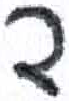
אות: ד